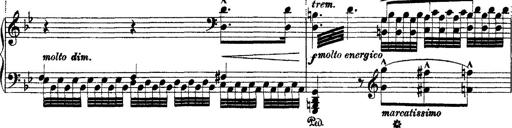
Title: Ã‰tudes d'exÃ©cution transcendante d'aprÃ¨s Paganini
Composer: Franz Liszt